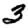
Digit: 3